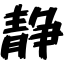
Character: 静